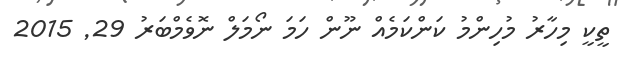
ތީކީ މިހާރު މުހިންމު ކަންކަމެއް ނޫން ހަމަ ނޯމަލް ނޮވެމްބަރު 29